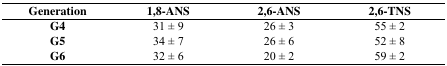
| Generation | 1,8-ANS | 2,6-ANS | 2,6-TNS |
 | --- | --- | --- | --- |
 | G4 | 31 ± 9 | 26 ± 3 | 55 ± 2 |
 | G5 | 34 ± 7 | 26 ± 6 | 52 ± 8 |
 | G6 | 32 ± 6 | 20 ± 2 | 59 ± 2 |